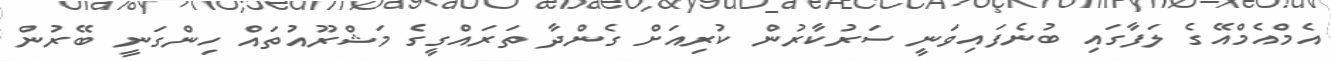
އެމްއެމްއޭގެ ލަފާގައި ބުނެފައިވަނީ ސަރުކާރުން ކުރިއަށް ގެންދާ ތަރައްގީގެ މަޝްރޫއުތައް ހިންގަނީ ބޭރުން